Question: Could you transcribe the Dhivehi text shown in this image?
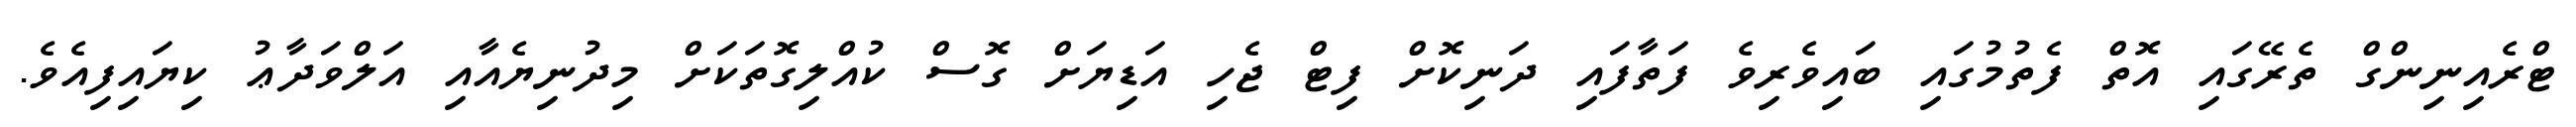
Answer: ޓްރެއިނިންގް ތެރޭގައި އޮތް ފެތުމުގައި ބައިވެރިވެ ފަތާފައި ދަނިކޮށް ފިޓް ޖެހި އަޑިޔަށް ގޮސް ކުއްލިގޮތަކަށް މިދުނިޔެއާއި އަލްވަދާޢު ކިޔައިފިއެވެ.